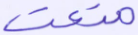
متعت